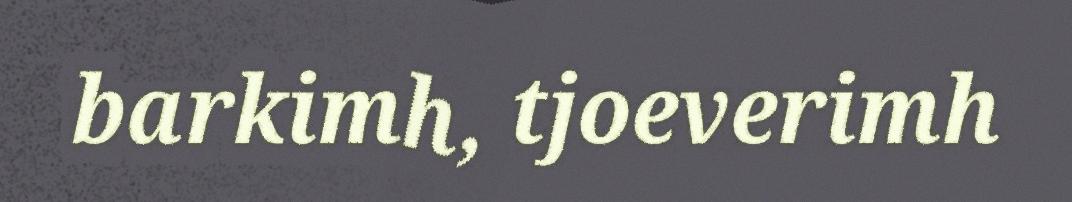
barkimh, tjoeverimh